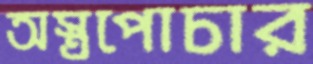
অস্ত্রপোচার